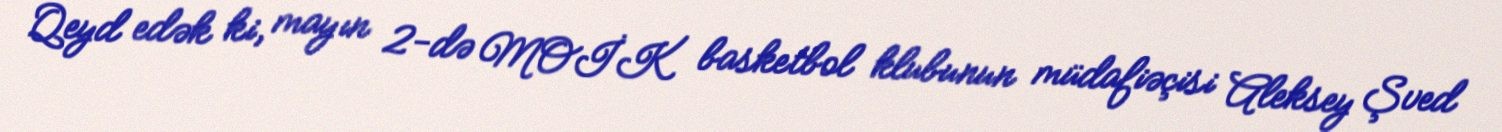
Qeyd edək ki, mayın 2-də MOİK basketbol klubunun müdafiəçisi Aleksey Şved